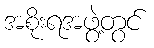
အစိုးရအဖွဲ့တွင်